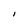
Character: I